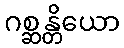
ဂစ္ဆန္တိယော